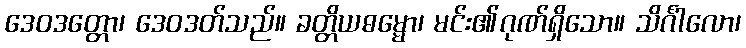
ဒေဝဒတ္တော၊ ဒေဝဒတ်သည်။ ခတ္တိယဓမ္မော၊ မင်း၏ဂုဏ်ရှိသော။ သိင်္ဂါလော၊